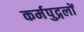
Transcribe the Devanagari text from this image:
कर्मपुद्गलों